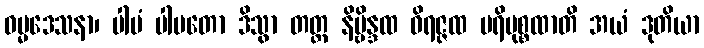
ဓမ္မဒေသနာ၊ ပါပံ ပါပတော ဒိသွာ တတ္ထ နိဗ္ဗိန္ဒထ ဝိရဇ္ဇထ ပရိမုစ္စထာတိ အယံ ဒုတိယာ